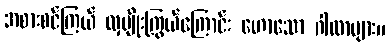
အစားစင်ကြယ် လှမျိုးကြွယ်ကြောင်း ဟောသော ဂါထာများ။